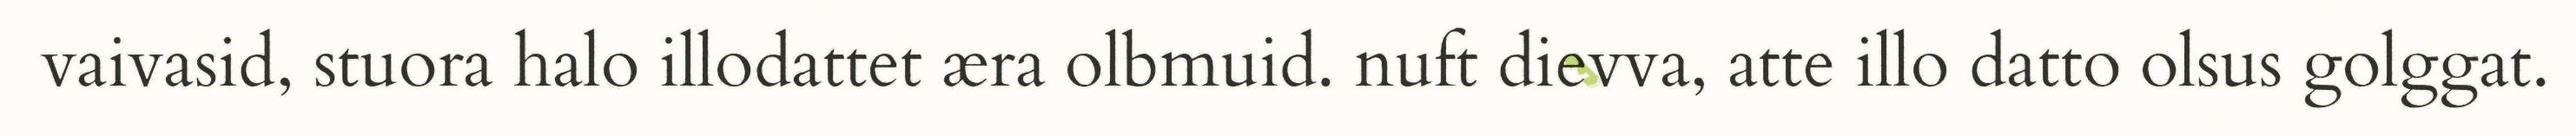
vaivasid, stuora halo illodattet æra olbmuid. nuft dievva, atte illo datto olsus golggat.